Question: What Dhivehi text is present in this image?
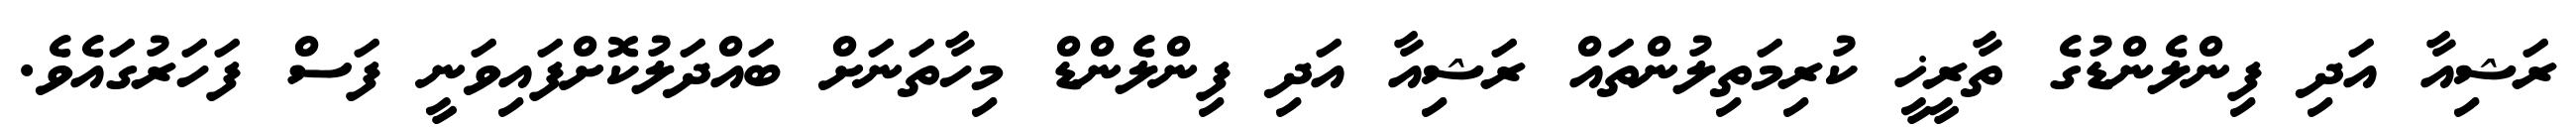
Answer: ރަޝިއާ އަދި ފިންލެންޑުގެ ތާރީޚީ ކުރިމަތިލުންތައް ރަޝިއާ އަދި ފިންލެންޑް މިހާތަނަށް ބައްދަލުކޮށްފައިވަނީ ފަސް ފަހަރުގައެވެ.